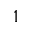
1